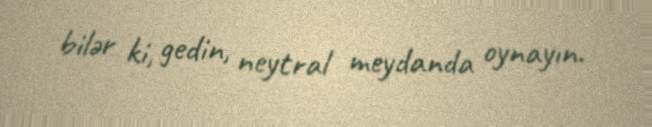
bilər ki, gedin, neytral meydanda oynayın.